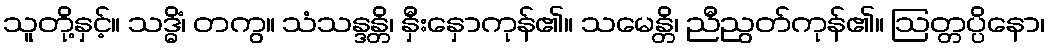
သူတို့နှင့်။ သဒ္ဓိံ၊ တကွ။ သံသန္ဒန္တိ၊ နှီးနှောကုန်၏။ သမေန္တိ၊ ညီညွတ်ကုန်၏။ ဩတ္တပ္ပိနော၊